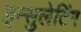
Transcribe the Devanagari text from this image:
इन्सुलेटिंग